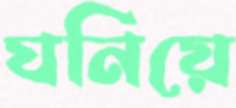
ঘনিয়ে